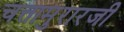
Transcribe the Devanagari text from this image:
चत्तामुरारजी